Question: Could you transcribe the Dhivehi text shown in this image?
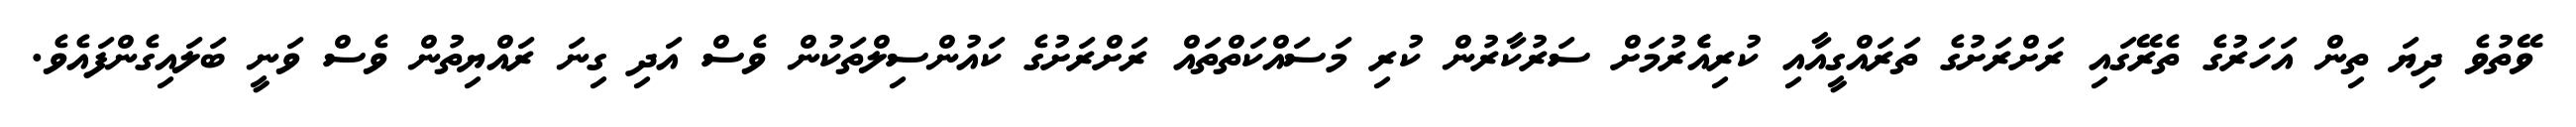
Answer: ވޭތުވެ ދިޔަ ތިން އަހަރުގެ ތެރޭގައި ރަށްރަށުގެ ތަރައްގީއާއި ކުރިއެެރުމަށް ސަރުކާރުން ކުރި މަސައްކަތްތައް ރަށްރަށުގެ ކައުންސިލްތަކުން ވެސް އަދި ގިނަ ރައްޔިތުން ވެސް ވަނީ ބަލައިގެންފައެވެ.